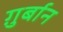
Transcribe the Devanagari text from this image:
ग़ुर्बान